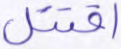
اقتتل